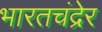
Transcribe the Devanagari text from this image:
भारतचंद्रेर